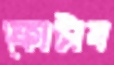
ফোটাব